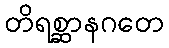
တိရစ္ဆာနဂတေ